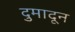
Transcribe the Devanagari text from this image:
दुमादून